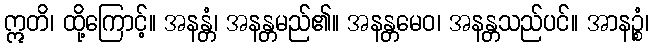
ဣတိ၊ ထို့ကြောင့်။ အနန္တံ၊ အနန္တမည်၏။ အနန္တမေဝ၊ အနန္တသည်ပင်။ အာနဉ္စံ၊